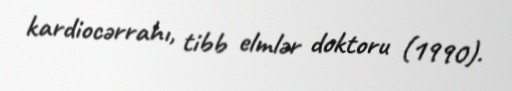
kardiocərrahı, tibb elmlər doktoru (1990).